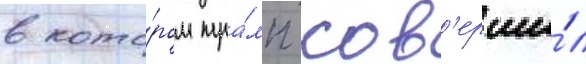
в кото́ром тра́мп сов'ерши́л